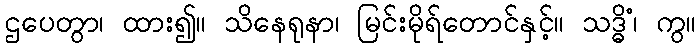
ဌပေတွာ၊ ထား၍။ သိနေရုနာ၊ မြင်းမိုရ်တောင်နှင့်။ သဒ္ဓိံ၊ ကွ။